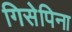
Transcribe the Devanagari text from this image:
गिसेपिना